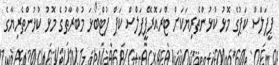
ޕީޕަލްސް ކަޕުގެ މޮޅު ކުޅުންތެރިޔަކަށް ޓްރައޮރޭޕީޕަލްސް ކަޕް ފުޓްބޯޅަ މުބާރާތުގެ މޮޅު ކުޅުންތެރިޔާގެ